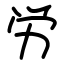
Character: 労